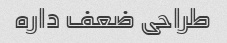
طراحی ضعف داره